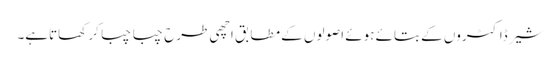
شیر ڈاکٹروں کے بتائے ہوئے اصولوں کے مطابق اچھی طرح چبا چبا کر کھاتاہے۔